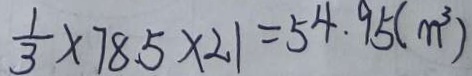
\frac { 1 } { 3 } \times 7 8 . 5 \times 2 . 1 = 5 4 . 9 5 ( m ^ { 3 } )